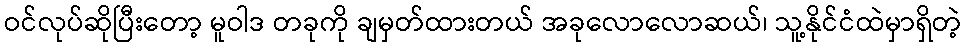
ဝင်လုပ်ဆိုပြီးတော့ မူဝါဒ တခုကို ချမှတ်ထားတယ် အခုလောလောဆယ်၊ သူ့နိုင်ငံထဲမှာရှိတဲ့